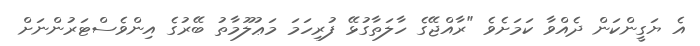
އެ ޔަގީންކަން ދެއްވާ ކަމަށެވެ "ރާއްޖޭގެ ހާލަތާގުޅޭ ފުރިހަމަ މަޢުލޫމާތު ބޭރުގެ އިންވެސްޓަރުންނަށް